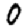
Digit: 0